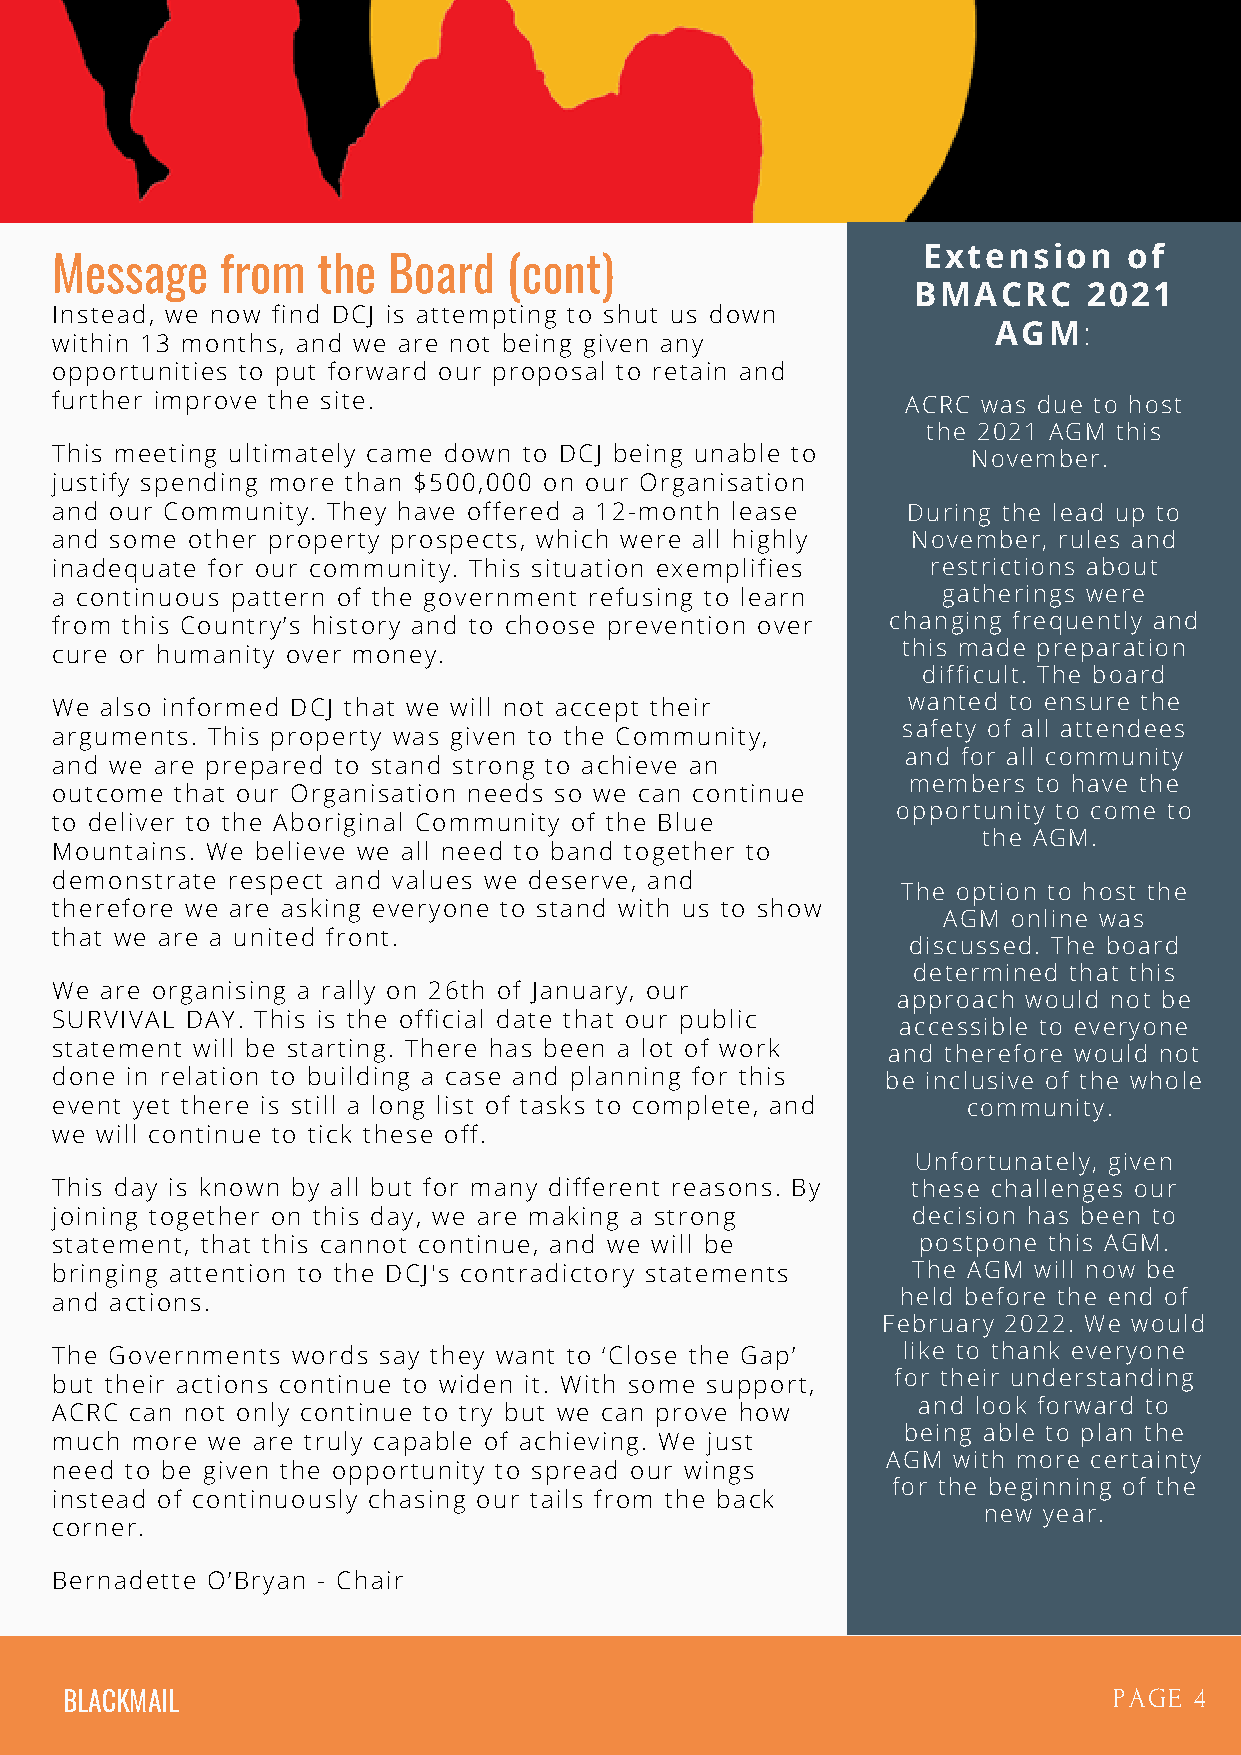
Extension     of
 Message     from  the  Board   (cont)
 BMACRC     2021
 Instead, we now find DCJ is attempting to shut us down
 AGM:
 within 13 months, and we are not being given any
 opportunities to put forward our proposal to retain and
 further improve the site.                                ACRC was due to host
 the 2021 AGM this
 This meeting ultimately came down to DCJ being unable to     November.
 justify spending more than $500,000 on our Organisation
 and our Community. They have offered a 12-month lease    During the lead up to
 and some other property prospects, which were all highly November, rules and
 inadequate for our community. This situation exemplifies   restrictions about
 a continuous pattern of the government refusing to learn   gatherings were
 from this Country’s history and to choose prevention over changing frequently and
 this made preparation
 cure or humanity over money.
 difficult. The board
 We  also informed DCJ that we will not accept their      wanted to ensure the
 safety of all attendees
 arguments. This property was given to the Community,
 and for all community
 and we are prepared to stand strong to achieve an
 members  to have the
 outcome  that our Organisation needs so we can continue
 opportunity to come to
 to deliver to the Aboriginal Community of the Blue
 the AGM.
 Mountains. We believe we all need to band together to
 demonstrate respect and values we deserve, and
 The option to host the
 therefore we are asking everyone to stand with us to show
 AGM  online was
 that we are a united front.
 discussed. The board
 determined that this
 We  are organising a rally on 26th of January, our
 approach would not be
 SURVIVAL DAY. This is the official date that our public
 accessible to everyone
 statement will be starting. There has been a lot of work and therefore would not
 done in relation to building a case and planning for this be inclusive of the whole
 event yet there is still a long list of tasks to complete, and community.
 we will continue to tick these off.
 Unfortunately, given
 This day is known by all but for many different reasons. By these challenges our
 joining together on this day, we are making a strong     decision has been to
 statement, that this cannot continue, and we will be      postpone this AGM.
 bringing attention to the DCJ's contradictory statements The AGM will now be
 and actions.                                             held before the end of
 February 2022. We would
 The Governments words say they want to ‘Close the Gap’   like to thank everyone
 but their actions continue to widen it. With some support, for their understanding
 and look forward to
 ACRC  can not only continue to try but we can prove how
 being able to plan the
 much  more we are truly capable of achieving. We just
 AGM with more certainty
 need to be given the opportunity to spread our wings
 for the beginning of the
 instead of continuously chasing our tails from the back
 new year.
 corner.
 Bernadette O’Bryan - Chair
 BLACKMAIL                                                             PAGE 4